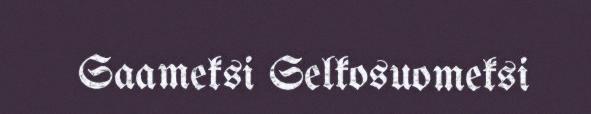
Saameksi Selkosuomeksi